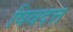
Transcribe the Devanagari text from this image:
षिवदत्त